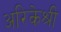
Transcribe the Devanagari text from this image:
अरिकेश्री